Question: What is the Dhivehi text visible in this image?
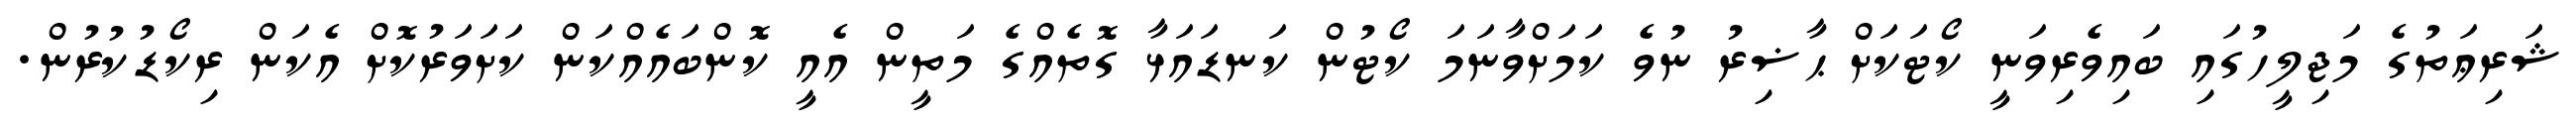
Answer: ޝަރިޢަތުގެ މަޖިލީހުގައި ބައިވެރިވަނީ ކޯޓަކަށް ޙާޟިރު ނުވެ ކަމަށްވާނަމަ ކޯޓުން ކަނޑައަޅާ ގޮތެއްގެ މަތީން އެއީ ކޮންބައެއްކަން ކަށަވަރުކޮށް އެކަން ރިކޯޑުކުރުން.